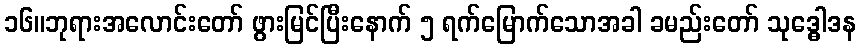
၁၆။ဘုရားအလောင်းတော် ဖွားမြင်ပြီးနောက် ၅ ရက်မြောက်သောအခါ ခမည်းတော် သုဒ္ဓေါဒန